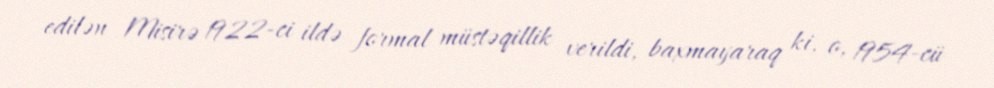
edilən Misirə 1922-ci ildə formal müstəqillik verildi, baxmayaraq ki, o, 1954-cü